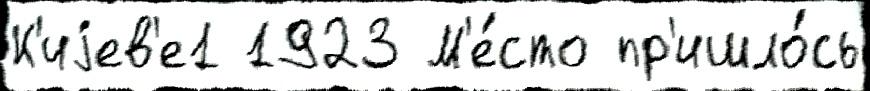
К'иjев'е1 1923 М'е́сто пр'ишло́сь